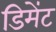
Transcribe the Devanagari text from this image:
डिमेंट